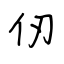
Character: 仞